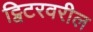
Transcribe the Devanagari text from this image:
ट्विटरवरील